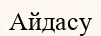
Айдасу